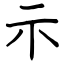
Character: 示